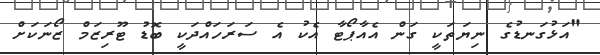
"އަޅުގަނޑުގެ ނިޔަތަކީ ގަން އެއާޕޯޓާ އެކު އެ ސަރަހައްދަކީ ބޮޑު ޓޫރިޒަމް ޒޯނަކަށް